Annual report of the Bengal Veterinary College and of the Civil Veterinary Department, Bengal, for the year 1909-1910 - 1909-1910
Year: 1909
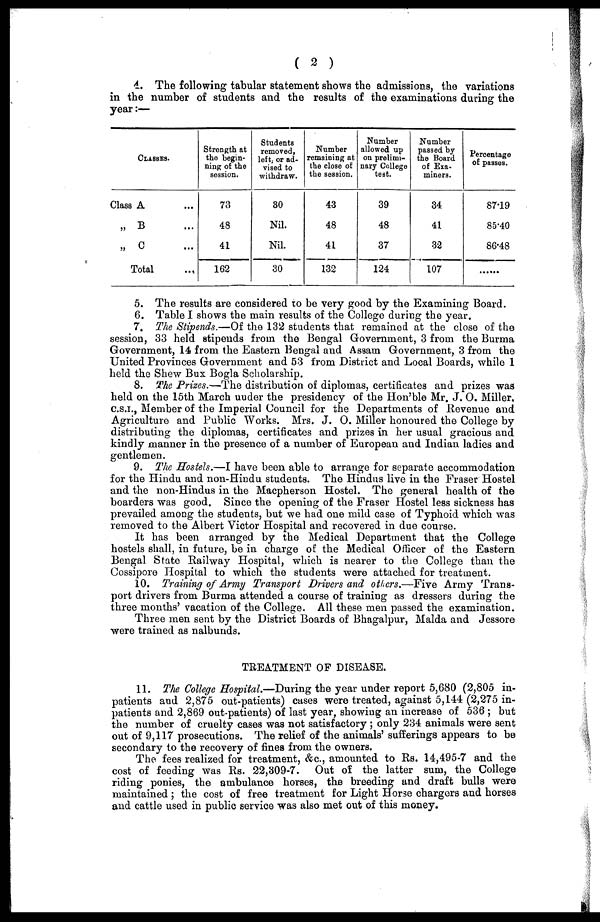
( 2 )
4. The following tabular statement shows the admissions, the variations
in the number of students and the results of the examinations during the
year:—
CLASSES.
Class A ...
„ B ...
„ C ...
Total ...
Strength at
the begin-
ning of the
session.
73
48
41
162
Students
removed,
left, or ad-
vised to
withdraw.
30
Nil.
Nil.
30
Number
remaining at
the close of
the session.
43
48
41
132
Number
allowed up
on prelimi-
nary College
test.
39
48
37
124
Number
passed by
the Board
of Exa-
miners.
34
41
32
107
87.19
85.40
86.48
......
5. The results are considered to be very good by the Examining Board.
6. Table I shows the main results of the College during the year.
7. The Stipends.—Of the 132 students that remained at the close of the
session, 33 held stipends from the Bengal Government, 3 from the Burma
Government, 14 from the Eastern Bengal and Assam Government, 3 from the
United Provinces Government and 53 from District and Local Boards, while 1
held the Shew Bux Bogla Scholarship.
8. The Prizes.—The distribution of diplomas, certificates and prizes was
held on the 15th March uuder the presidency of the Hon'ble Mr. J. O. Miller,
C.S.I., Member of the Imperial Council for the Departments of Revenue and
Agriculture and Public Works. Mrs. J. O. Miller honoured the College by
distributing the diplomas, certificates and prizes in her usual gracious and
kindly manner in the presence of a number of European and Indian ladies and
gentlemen.
9. The Hostels.—I have been able to arrange for separate accommodation
for the Hindu and non-Hindu students. The Hindus live in the Fraser Hostel
and the non-Hindus in the Macpherson Hostel. The general health of the
boarders was good. Since the opening of the Fraser Hostel less sickness has
prevailed among the students, but we had one mild case of Typhoid which was
removed to the Albert Victor Hospital and recovered in due course.
It has been arranged by the Medical Department that the College
hostels shall, in future, be in charge of the Medical Officer of the Eastern
Bengal State Railway Hospital, which is nearer to the College than the
Cossipore Hospital to which the students were attached for treatment.
10. Training of Army Transport Drivers and others.—Five Army Trans-
port drivers from Burma attended a course of training as dressers during the
three months' vacation of the College. All these men passed the examination.
Three men sent by the District Boards of Bhagalpur, Malda and Jessore
were trained as nalbunds.
TREATMENT OF DISEASE.
11. The College Hospital.—During the year under report 5,680 (2,805 in-
patients and 2,875 out-patients) cases were treated, against 5,144 (2,275 in-
patients and 2,869 out-patients) of last year, showing an increase of 536 ; but
the number of cruelty cases was not satisfactory ; only 234 animals were sent
out of 9,117 prosecutions. The relief of the animals' sufferings appears to be
secondary to the recovery of fines from the owners.
The fees realized for treatment, &c., amounted to Rs. 14,495-7 and the
cost of feeding was Rs. 22,309-7. Out of the latter sum, the College
riding ponies, the ambulance horses, the breeding and draft bulls were
maintained ; the cost of free treatment for Light Horse chargers and horses
and cattle used in public service was also met out of this money.